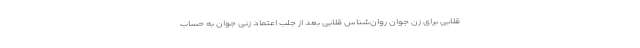
قلابی برای زن جوان روان‌شناس قلابی بعد از جلب اعتماد زنی جوان به حساب